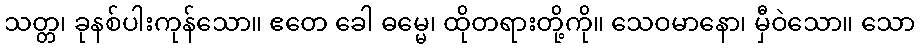
သတ္တ၊ ခုနစ်ပါးကုန်သော။ ဧတေ ခေါ ဓမ္မေ၊ ထိုတရားတို့ကို။ သေဝမာနော၊ မှီဝဲသော။ သော